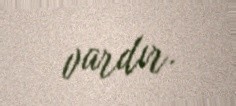
vardır.